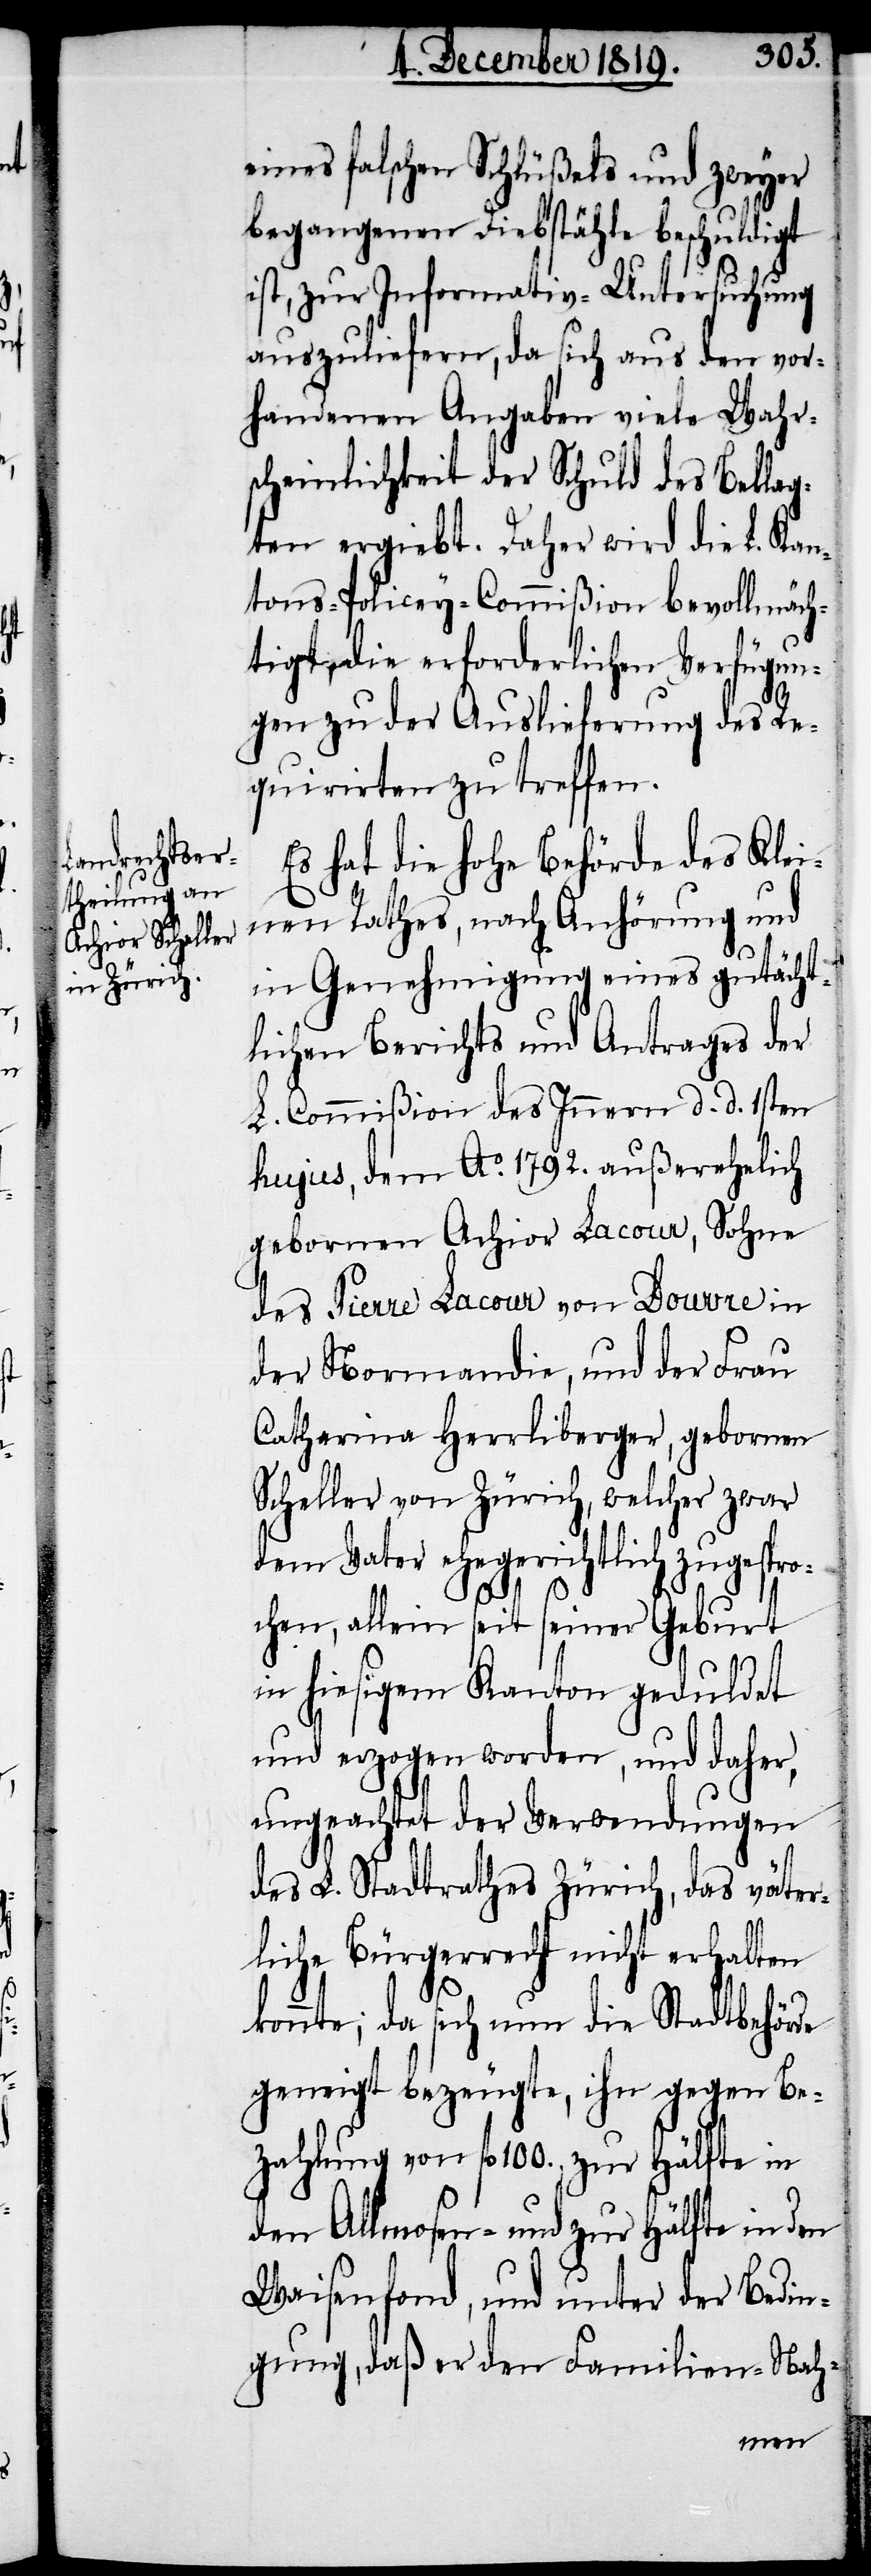
eines falschen Schlüßels und zweyer
begangenen Diebstähle beschuldigt
ist, zur Informativ-Untersuchung
auszuliefern, da sich aus den vor¬
handenen Angaben viele Wahr¬
scheinlichkeit der Schuld des Beklag¬
ten ergiebt. Daher wird die L. Kan¬
tons-Policey-Commißion bevollmäch¬
tigt, die erforderlichen Verfügun¬
gen zu der Auslieferung des Re¬
quirirten zu treffen.
Es hat die hohe Behörde des Klei¬
nen Rathes, nach Anhörung und
in Genehmigung eines gutächt¬
lichen Berichts und Antrages der
L. Commißion des Innern d. d. 1sten
hujus, dem Ao. 1792. außerehelich
gebornen Achior Lacour, Sohne
des Pierre Lacour von Douvre in
der Normandie, und der Frau
Catharina Herrliberger, gebornen
Scheller von Zürich, welcher zwar
dem Vater ehegerichtlich zugespro¬
chen, allein seit seiner Geburt
in hiesigem Kanton geduldet
und erzogen worden, und daher,
ungeachtet der Verwendungen
des L. Stadtrathes Zürich, das väter¬
liche Bürgerrecht nicht erhalten
konnte; da sich nun die Stadtbehörde
geneigt bezeugte, ihn gegen Be¬
zahlung von fl. 100., zur Hälfte in
den Allmosen- und zur Hälfte in den
Waisenfond, und unter der Bedin¬
gung, daß er den Familien-Nah-